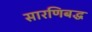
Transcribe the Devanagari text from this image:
सारणिबद्ध